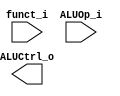
//Subject:     CO project 2 - ALU Controller
//--------------------------------------------------------------------------------
//Version:     1
//--------------------------------------------------------------------------------
//Writer:      
//----------------------------------------------
//Date:        
//----------------------------------------------
//Description: 
//--------------------------------------------------------------------------------

module ALU_Ctrl(
          funct_i,
          ALUOp_i,
          ALUCtrl_o
          );
          
//I/O ports 
input      [6-1:0] funct_i;
input      [3-1:0] ALUOp_i;

output     [4-1:0] ALUCtrl_o;    
     
//Internal Signals
reg        [4-1:0] ALUCtrl_o;

//Parameter

       
//Select exact operation

endmodule